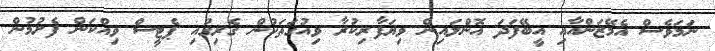
ނަމަވެސް އެމޭޒަންއާއި އީބޭފަދަ އޮންލައިން ވިޔަފާރިކުރާ ވިއުގަތަކުން ގެރިގުއި ޕެޓީސް ވިއްކަން ފެށުމުން